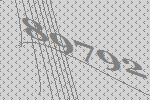
89792